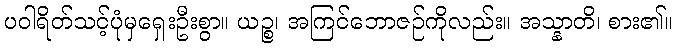
ပဝါရိတ်သင့်ပုံမှရှေးဦးစွာ။ ယဉ္စ၊ အကြင်ဘောဇဉ်ကိုလည်း။ အသ္နာတိ၊ စား၏။